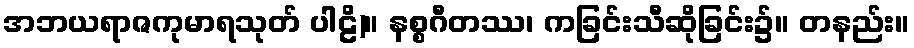
အဘယရာဇကုမာရသုတ် ပါဠိ)။ နစ္စဂီတဿ၊ ကခြင်းသီဆိုခြင်း၌။ တနည်း။